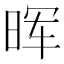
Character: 晖